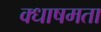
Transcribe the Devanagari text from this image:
क्धाषमता